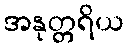
အနုတ္တရိယ